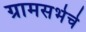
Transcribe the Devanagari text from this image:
ग्रामसभेचे